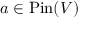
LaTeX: a \in \operatorname { P i n } ( V )